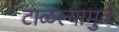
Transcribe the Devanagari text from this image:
टाळल्यामुळे